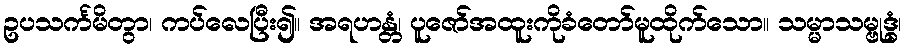
ဥပသင်္ကမိတွာ၊ ကပ်လေပြီး၍။ အရဟန္တံ၊ ပူဇော်အထူးကိုခံတော်မူထိုက်သော။ သမ္မာသမ္ဗုဒ္ဓံ၊